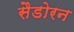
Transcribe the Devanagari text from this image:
सैडोरन